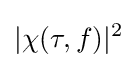
|\chi (\tau ,f)|^{2}